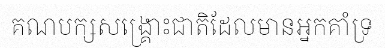
គណបក្សសង្គ្រោះជាតិដែលមានអ្នកគាំទ្រ